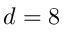
d = 8